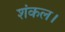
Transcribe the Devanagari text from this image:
शंकल।